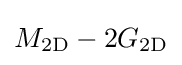
M_{\mathrm {2D} }-2G_{\mathrm {2D} }